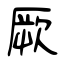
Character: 厥